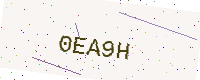
Text: 0EA9H